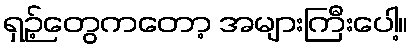
ရှဉ့်တွေကတော့ အများကြီးပေါ့။